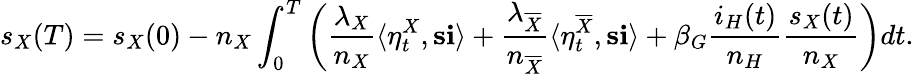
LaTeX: s_{X}(T)=s_{X}(0)-n_{X}\int_{0}^{T}\left(\frac{\lambda_{X}}{n_{X}}\langle\eta_{t}^{X},\mathbf{s}\mathbf{i}\rangle+\frac{\lambda_{\overline{{X}}}}{n_{\overline{{X}}}}\langle\eta_{t}^{\overline{{X}}},\mathbf{s}\mathbf{i}\rangle+\beta_{G}\frac{i_{H}(t)}{n_{H}}\frac{s_{X}(t)}{n_{X}}\right)dt.